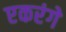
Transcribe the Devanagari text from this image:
एकरंगे